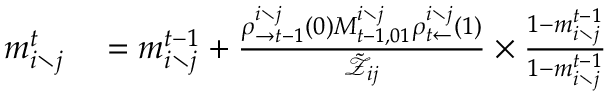
\begin{array} { r l } { m _ { i \setminus j } ^ { t } } & { { } = m _ { i \setminus j } ^ { t - 1 } + \frac { \rho _ { \rightarrow t - 1 } ^ { i \setminus j } \left( 0 \right) M _ { t - 1 , 0 1 } ^ { i \setminus j } \rho _ { t \leftarrow } ^ { i \setminus j } \left( 1 \right) } { \tilde { \mathcal { Z } } _ { i j } } \times \frac { 1 - m _ { i \setminus j } ^ { t - 1 } } { 1 - m _ { i \setminus j } ^ { t - 1 } } } \end{array}